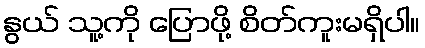
နွယ် သူ့ကို ပြောဖို့ စိတ်ကူးမရှိပါ။